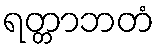
ရတ္တာဘတံ